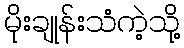
မိုးချုန်းသံကဲ့သို့